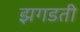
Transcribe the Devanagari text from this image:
झगडती